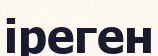
іреген